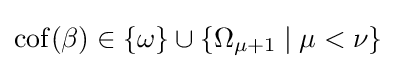
\operatorname {cof} (\beta )\in \{\omega \}\cup \{\Omega _{\mu +1}\mid \mu <\nu \}